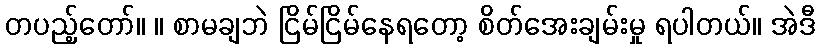
တပည့်တော်။ ။ စာမချဘဲ ငြိမ်ငြိမ်နေရတော့ စိတ်အေးချမ်းမှု ရပါတယ်။ အဲဒီ